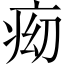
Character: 𱱑